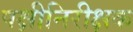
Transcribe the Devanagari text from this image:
पक्षीनिरीक्षक